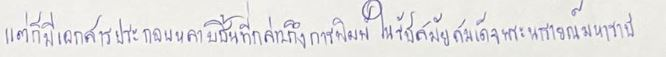
แต่ก็มีเอกสารประกอบหลายชิ้นที่กล่าวถึงการพิมพ์ในรัชสมัยสมเด็จพระนารายณ์มหาราช